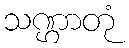
သဏ္ဌာတုံ